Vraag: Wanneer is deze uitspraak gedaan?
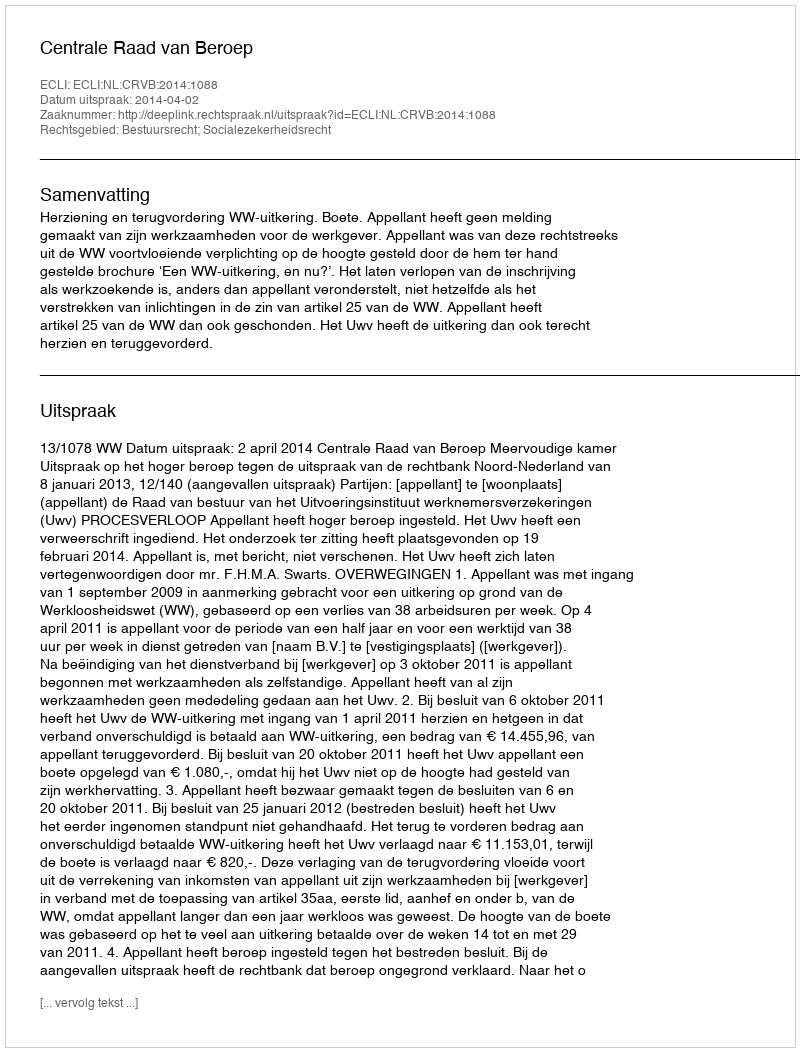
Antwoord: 2014-04-02